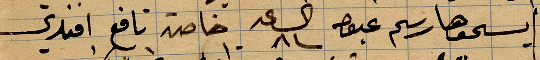
يسمونها رسم عبق الساعة ٨ خاصة نافع افندي